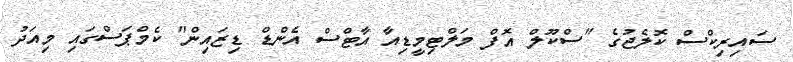
ސައިރިކްސް ކޮލެޖުގެ "ސްކޫލް އޮފް މަލްޓިމީޑިއާ އާޓްސް އެންޑް ޑިޒައިން" ކެމްޕަސްގައި މިއަދު